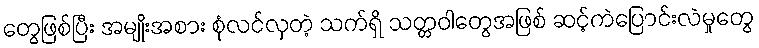
တွေဖြစ်ပြီး အမျိုးအစား စုံလင်လှတဲ့ သက်ရှိ သတ္တဝါတွေအဖြစ် ဆင့်ကဲပြောင်းလဲမှုတွေ